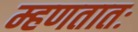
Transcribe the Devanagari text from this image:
म्हणतातः